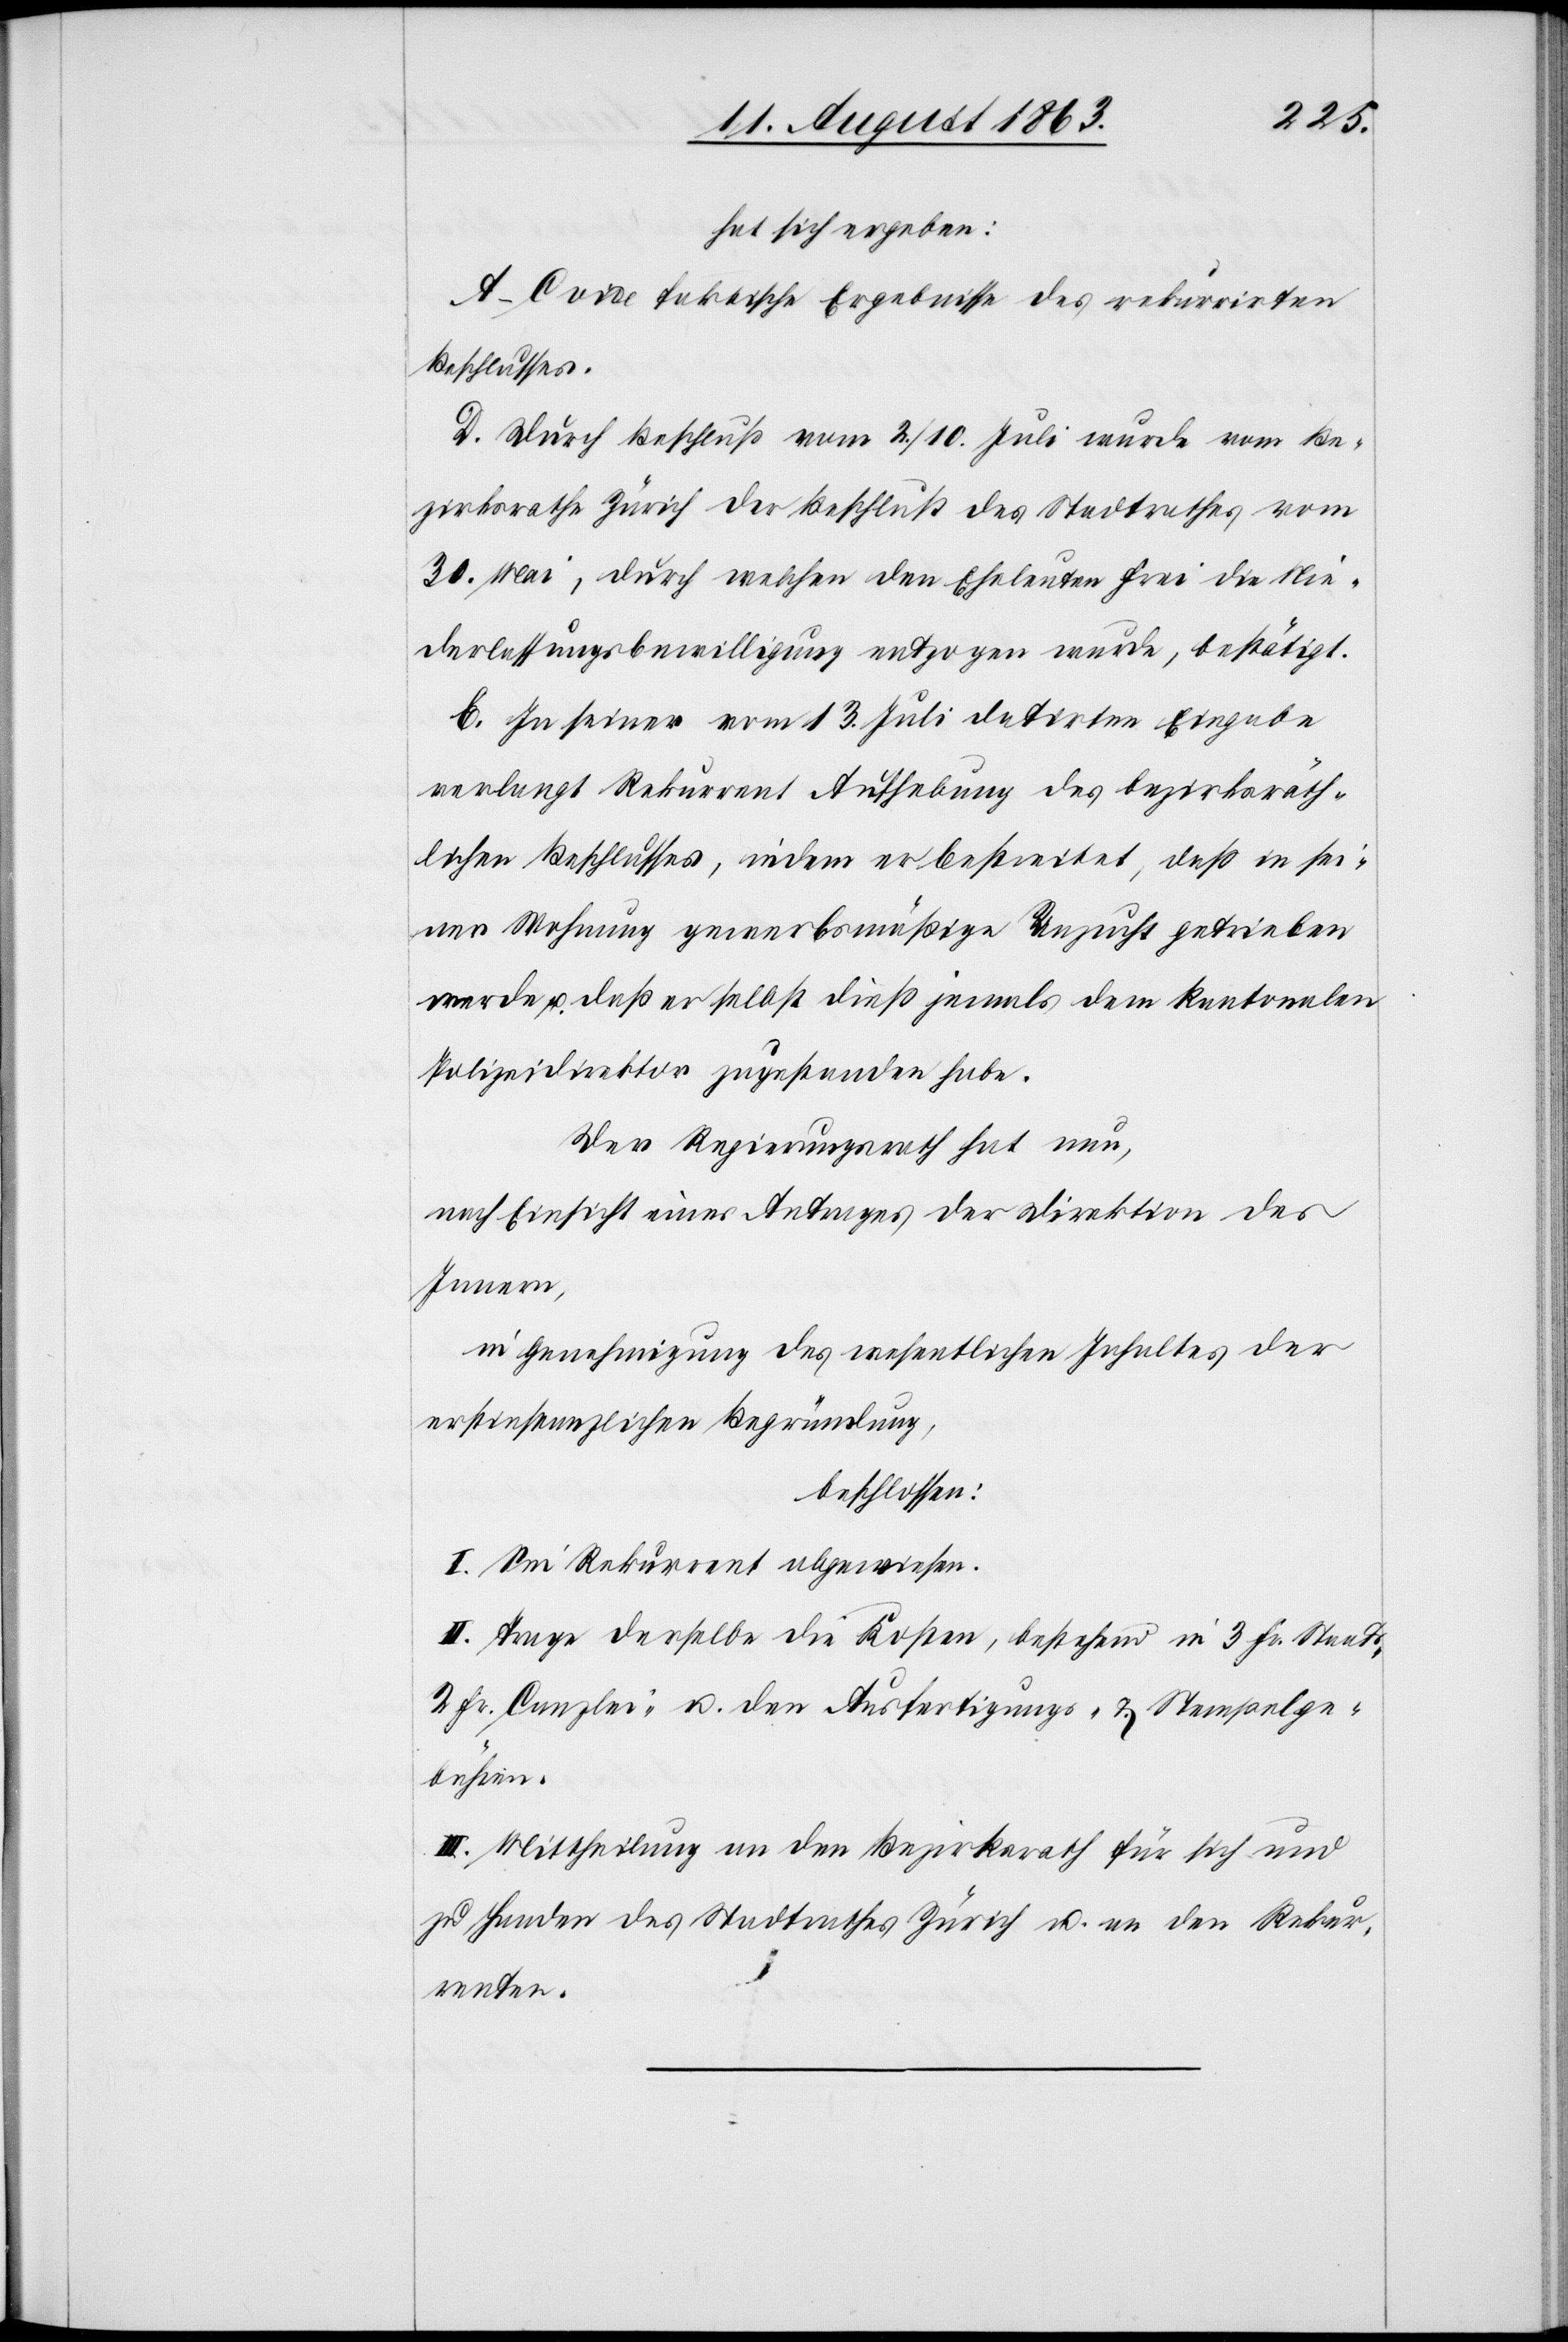
hat sich ergeben:
A–C vide faktische Ergebnisse des rekurrirten
Beschlusses.
D. Durch Beschluß vom 2./10. Juli wurde vom Be¬
zirksrathe Zürich der Beschluß des Stadtrathes vom
30. Mai, durch welchen den Eheleuten Frei die Nie¬
derlassungsbewilligung entzogen wurde, bestätigt.
E. In seiner vom 13. Juli datirten Eingabe
verlangt Rekurrent Aufhebung des bezirksräth¬
lichen Beschlusses, indem er bestreitet, daß in sei¬
ner Wohnung gewerbsmäßige Unzucht getrieben
werde u. daß er selbst dieß jemals dem kantonalen
Polizeidirektor zugestanden habe.
Der Regierungsrath hat nun,
nach Einsicht eines Antrages der Direktion des
Innern,
in Genehmigung des wesentlichen Inhaltes der
erstinstanzlichen Begründung,
beschlossen:
I. Sei Rekurrent abgewiesen.
II. Trage derselbe die Kosten, bestehend in 3 Fr. Staats-[,]
2 Fr. Canzlei- u. den Ausfertigungs- & Stempelge¬
bühren.
III. Mittheilung an den Bezirksrath für sich und
zu Handen des Stadtrathes Zürich u. an den Rekur¬
renten.